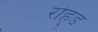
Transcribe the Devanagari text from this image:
रोह्ड